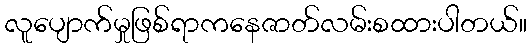
လူပျောက်မှုဖြစ်ရာကနေဇာတ်လမ်းစထားပါတယ်။